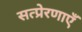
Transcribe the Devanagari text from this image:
सत्प्रेरणाएँ